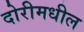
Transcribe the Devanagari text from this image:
दोरीमधील